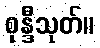
စုန္ဒီသုတ်။